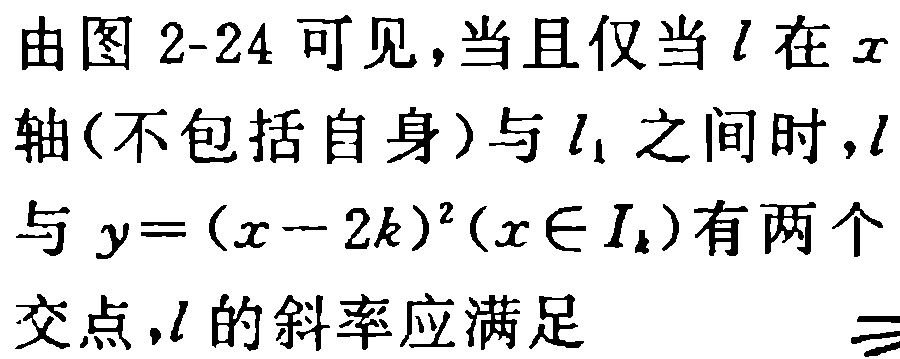
由图 2-24 可见，当且仅当 \(l\) 在 \(x\) 轴(不包括自身)与 \(l_{1}\) 之间时，\(l\) 与 \(y=(x - 2k)^{2}(x\in I_{k})\) 有两个交点，\(l\) 的斜率应满足